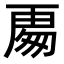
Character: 𭅍